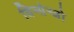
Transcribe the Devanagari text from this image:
विन्सेन्जो